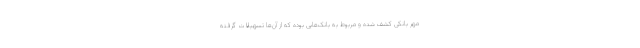
مهر بانکی کشف شده و مربوط به بانک‌هایی بوده که از آن‌ها تسهیلات گرفته